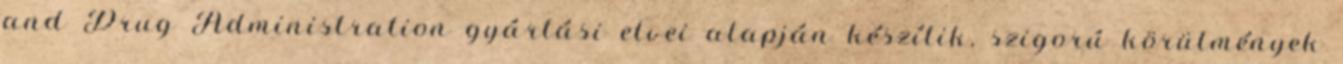
and Drug Administration gyártási elvei alapján készítik, szigorú körülmények